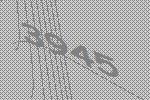
3945